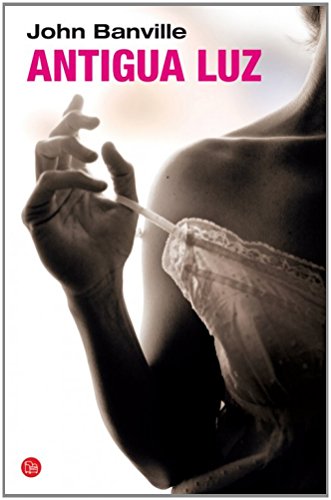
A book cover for Antigua luz (Spanish Edition); John Banville; Romance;